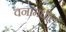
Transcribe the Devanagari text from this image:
वनांमधील